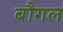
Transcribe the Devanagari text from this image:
बौगल